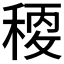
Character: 𥠛